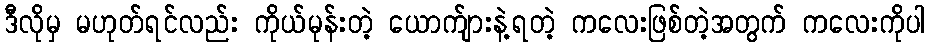
ဒီလိုမှ မဟုတ်ရင်လည်း ကိုယ်မုန်းတဲ့ ယောက်ျားနဲ့ရတဲ့ ကလေးဖြစ်တဲ့အတွက် ကလေးကိုပါ